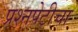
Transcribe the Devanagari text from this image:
प्रश्‍नपेटीचा